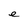
Character: e